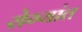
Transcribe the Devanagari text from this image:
रोग्यांत